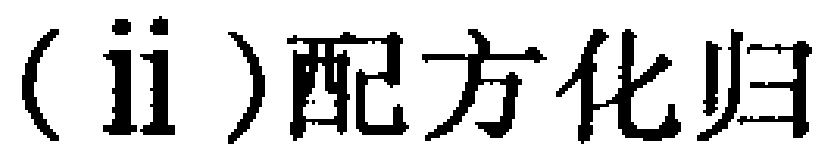
(ii)配方化归